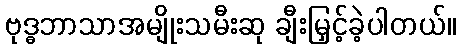
ဗုဒ္ဓဘာသာအမျိုးသမီးဆု ချီးမြှင့်ခဲ့ပါတယ်။